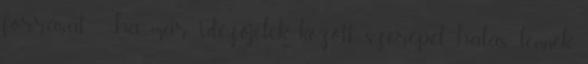
forrását :- ha már idézőjelek között szerepel hálás lennék,